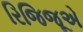
રિજિજૂએ